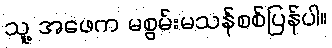
သူ့ အဖေက မစွမ်းမသန်စစ်ပြန်ပါ။